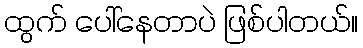
ထွက် ပေါ်နေတာပဲ ဖြစ်ပါတယ်။